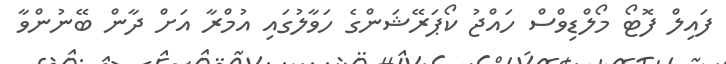
ފައިލް ފޮޓޯ މޯލްޑިވްސް ހައްޖު ކޯޕަރޭޝަންގެ ހަވާލުގައި އުމްރާ އަށް ދާން ބޭނުންވާ